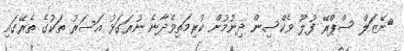
ނޭޒަލް ސްޕްރޭ ފުލޫ ވެކްސިން ދިނުމުން ކުރިމަތިވެދާނެ ނުރަގަޅު އަސަރު ތަކުގެ ތެރޭގައި